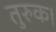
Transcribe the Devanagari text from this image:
तुरुक।